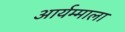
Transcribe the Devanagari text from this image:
आर्यम्माला